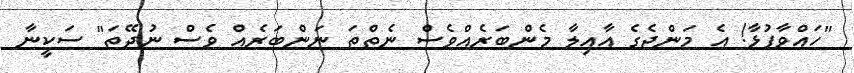
"ހައްވާފުޅާ! އެ މަންޖެގެ އާއިލާ މެންބަރެއްވެސް ނެތްތަ ނަންބަރެއް ވެސް ނުދޭތަ" ސަކީނާ